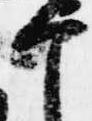
ヶ